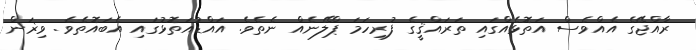
ރާއްޖޭގެ އެއްވެސް އަތޮޅެއްގައި ތަރައްޤީގެ ފުރިހަމަ ޕްލޭނެއް ނެތެވެ. އައްޑުއަތޮޅުގައި އެބައޮތެވެ. ވިޜަން